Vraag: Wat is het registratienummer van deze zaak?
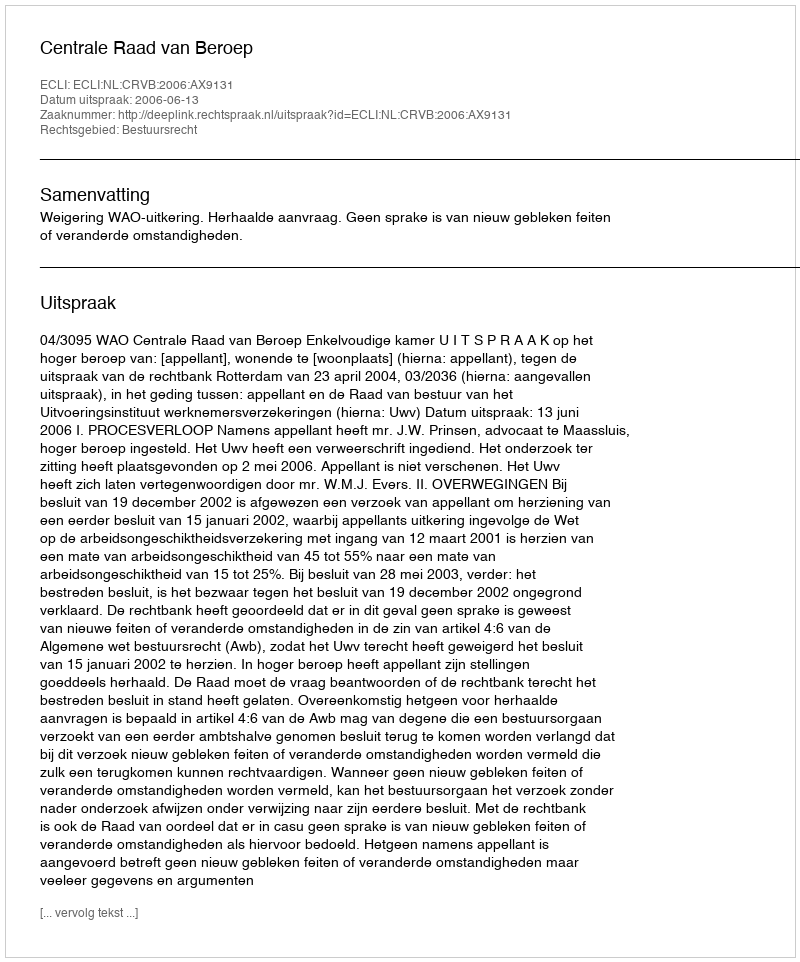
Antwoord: http://deeplink.rechtspraak.nl/uitspraak?id=ECLI:NL:CRVB:2006:AX9131